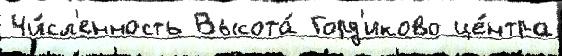
Чи́сл'енность Высота́ Горд'иково це́нтра